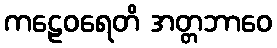
ကဠေဝရေတိ အတ္တဘာဝေ